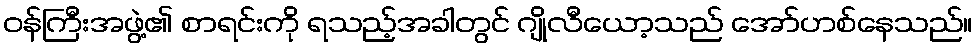
ဝန်ကြီးအဖွဲ့၏ စာရင်းကို ရသည့်အခါတွင် ဂျိုလီယော့သည် အော်ဟစ်နေသည်။